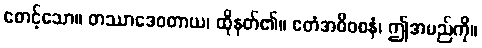
စောင့်သော။ တဿာဒေဝတာယ၊ ထိုနတ်၏။ ဧတံအဓိဝစနံ၊ ဤအမည်ကို။